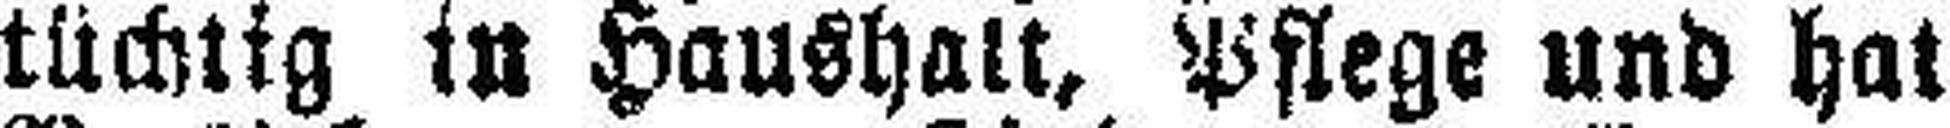
tüchtig in Haushalt, Pflege und hat